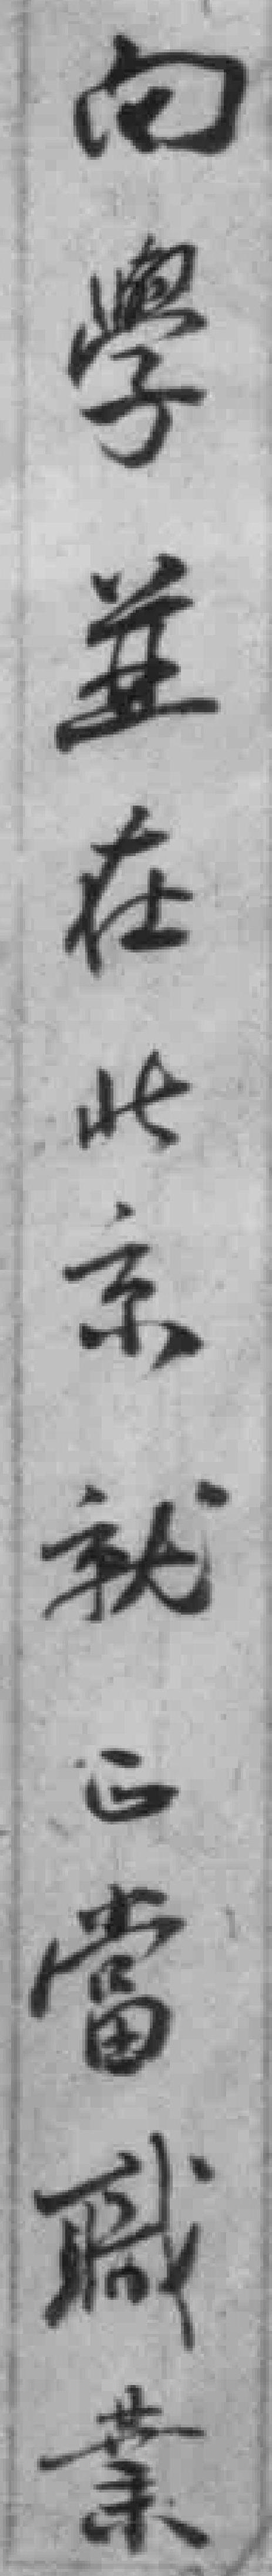
向學並在北京就正當職業